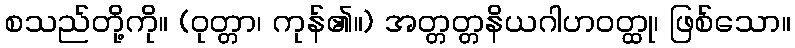
စသည်တို့ကို။ (ဝုတ္တာ၊ ကုန်၏။) အတ္တတ္တနိယဂါဟဝတ္ထု၊ ဖြစ်သော။